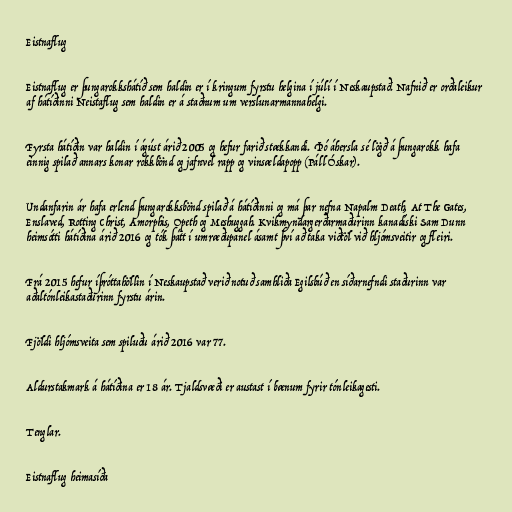
Eistnaflug

Eistnaflug er þungarokkshátíð sem haldin er í kringum fyrstu helgina í júlí í Neskaupstað. Nafnið er orðaleikur
af hátíðinni Neistaflug sem haldin er á staðnum um verslunarmannahelgi.

Fyrsta hátíðin var haldin í ágúst árið 2005 og hefur farið stækkandi. Þó áhersla sé lögð á þungarokk hafa
einnig spilað annars konar rokkbönd og jafnvel rapp og vinsældapopp (Páll Óskar).

Undanfarin ár hafa erlend þungarokksbönd spilað á hátíðinni og má þar nefna Napalm Death, At The Gates,
Enslaved, Rotting Christ, Amorphis, Opeth og Meshuggah. Kvikmyndargerðarmaðurinn kanadíski Sam Dunn
heimsótti hátíðina árið 2016 og tók þátt í umræðupanel ásamt því að taka viðtöl við hljómsveitir og fleiri.

Frá 2015 hefur íþróttahöllin í Neskaupstað verið notuð samhliða Egilsbúð en síðarnefndi staðurinn var
aðaltónleikastaðurinn fyrstu árin.

Fjöldi hljómsveita sem spiluðu árið 2016 var 77.

Aldurstakmark á hátíðina er 18 ár. Tjaldsvæði er austast í bænum fyrir tónleikagesti.

Tenglar.

Eistnaflug heimasíða